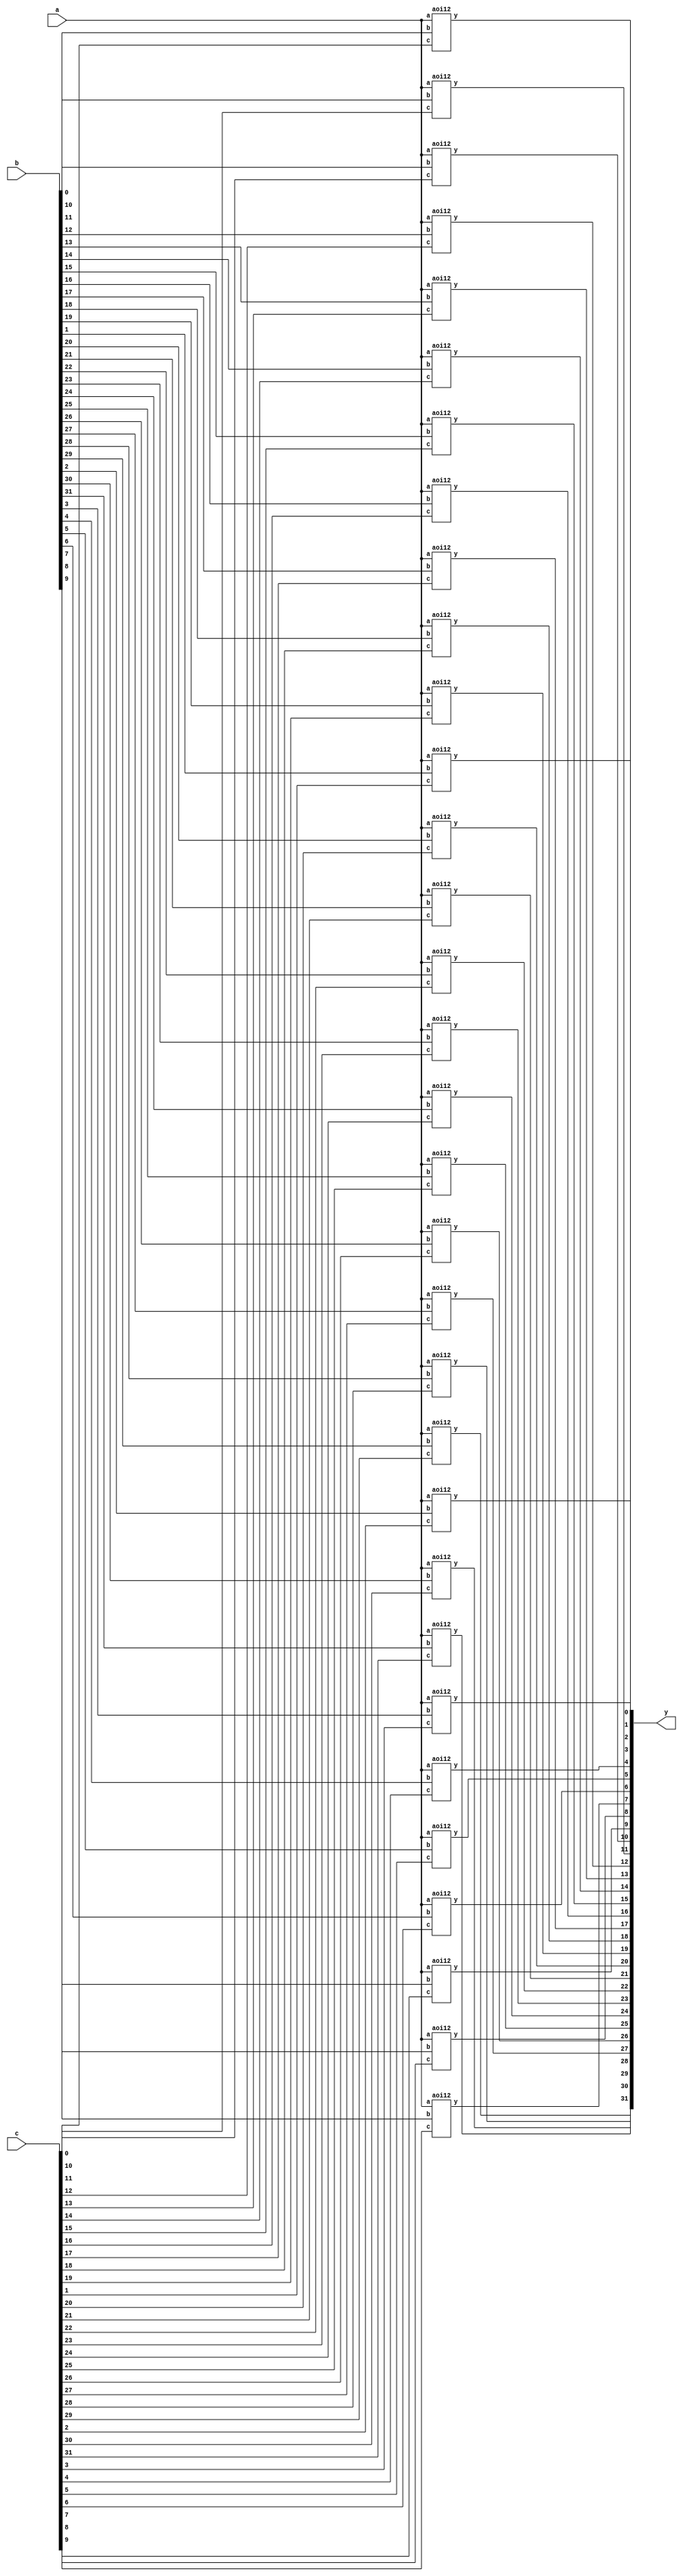

module array_test001(a, b, c, y);
	input a;
	input [31:0] b, c;
	output [31:0] y;

	aoi12 p [31:0] (a, b, c, y);
endmodule

module aoi12(a, b, c, y);
	input a, b, c;
	output y;
	assign y = ~((a & b) | c);
endmodule